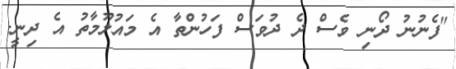
"ފެނުނު ދޯނި ވެސް ދެ ދުވަސް ފަހުންތާ އެ މައުލޫމާތު އެ ދިނީ.